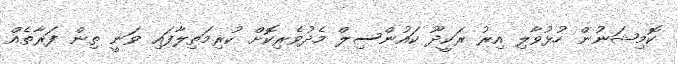
ކޮމިޝަނުން ހުޅުވާލި އިރު ރަކީދޫ ކައުންސިލް މެދުވެރިކޮށް ކުރިމަތިލާފައި ވަނީ ތިން ފަރާތެއް